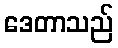
ဒေတာသည်